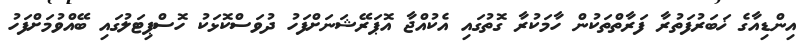
އިންޑިއާގެ ޚަބަރުފަތުރާ ފަރާތްތަކުން ހާމަކުރާ ގޮތުގައި އެކުއްޖާ އޮޕަރޭޝަނަށްފަހު ދުވަސްކޮޅަކު ހޮސްޕިޓަލުގައި ބޭއްވުމަށްފަހު